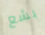
بشع